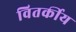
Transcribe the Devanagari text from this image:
वितर्कीय